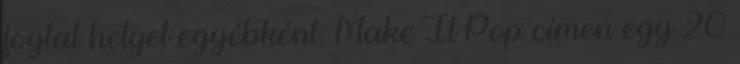
foglal helyet egyébként. Make It Pop címen egy 20